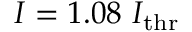
I = 1 . 0 8 ~ I _ { \mathrm { t h r } }